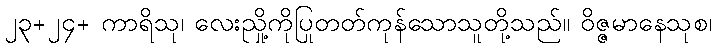
၂၃+၂၄+ ကာရိသု၊ လေးညှို့ကိုပြုတတ်ကုန်သောသူတို့သည်။ ဝိဇ္ဇမာနေသုစ၊